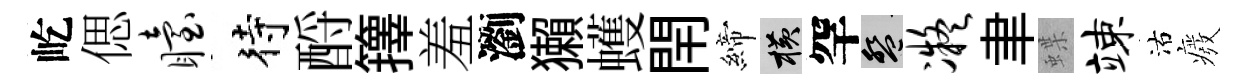
屹偲眙待酹籜羞瀏獺蠖閈締横罕盤凝聿蝶竦沽癈